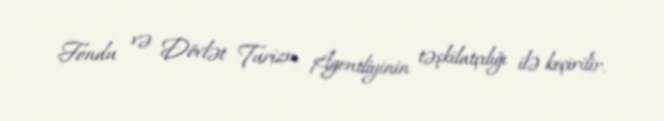
Fondu və Dövlət Turizm Agentliyinin təşkilatçılığı ilə keçirilir.